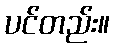
ပင်တည်း။